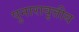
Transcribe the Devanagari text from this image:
पुनारावृत्तीय